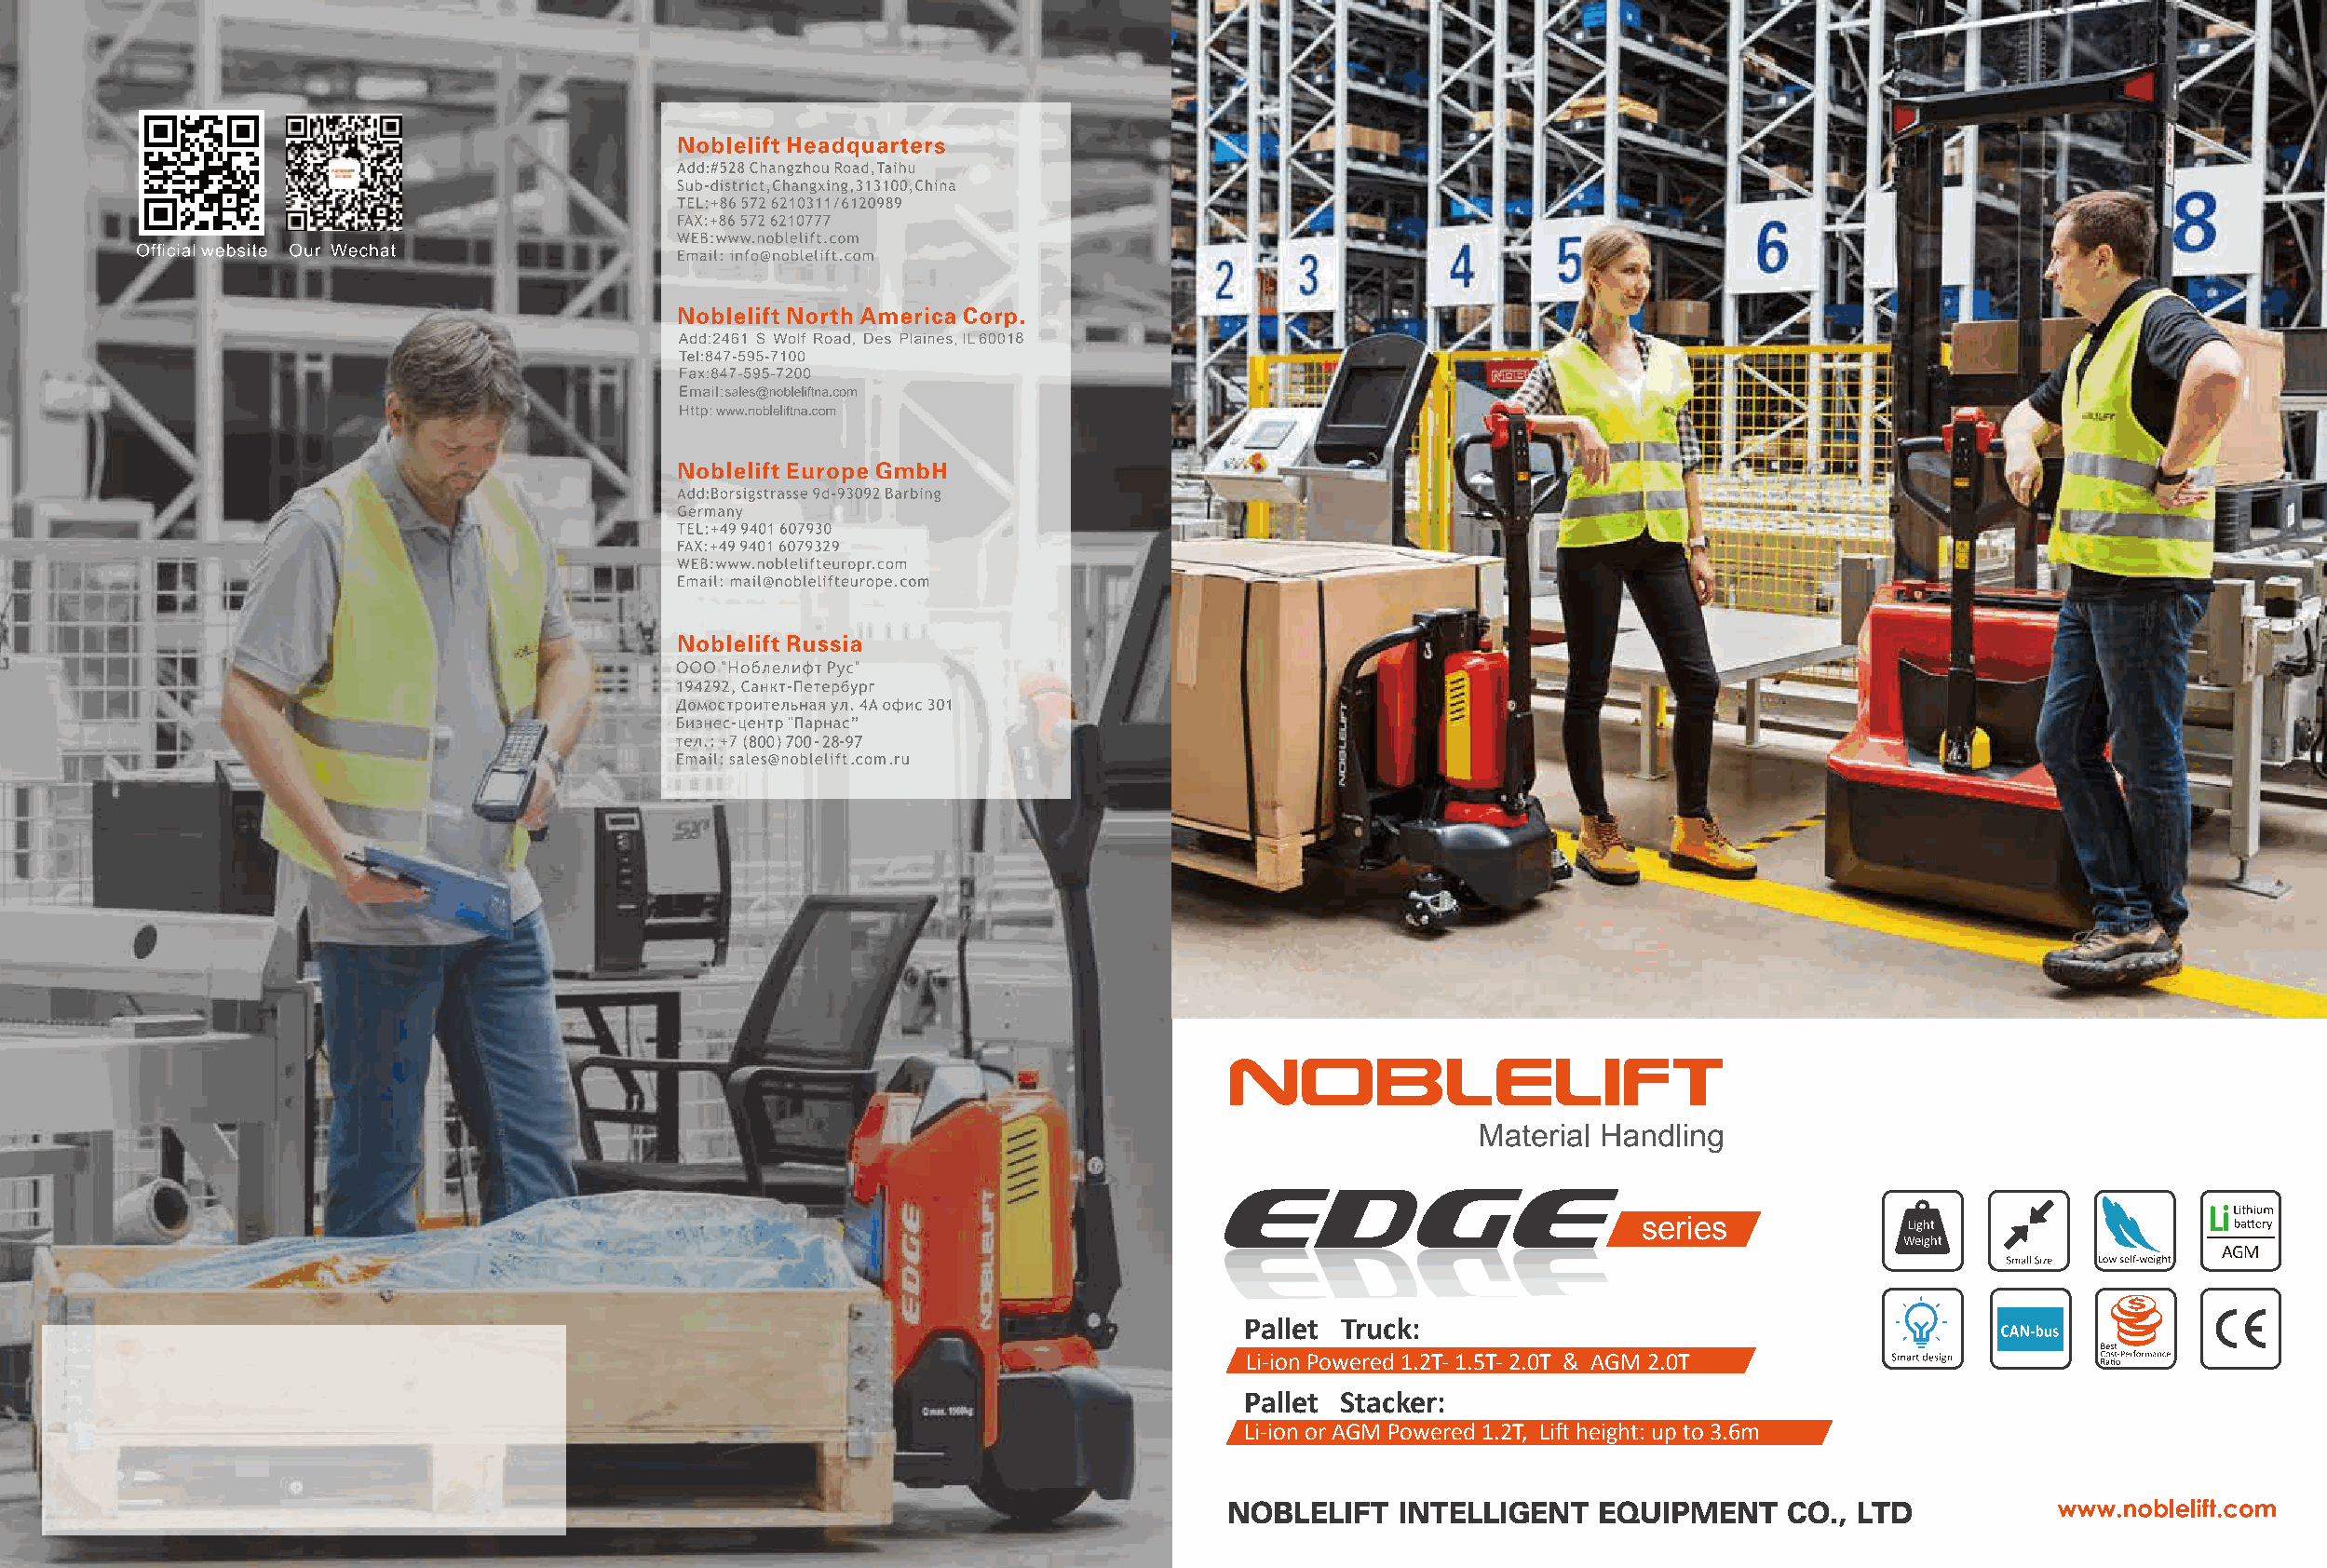
series             Light
 Weight
 AGM
 Pallet Truck:
 Li-ion Powered 1.2T- 1.5T- 2.0T & AGM 2.0T
 Pallet Stacker:
 Li-ion or AGM Powered 1.2T, Lift height: up to 3.6m